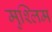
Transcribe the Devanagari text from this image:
मुश्लिम